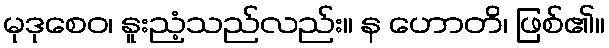
မုဒုစေဝ၊ နူးညံ့သည်လည်း။ န ဟောတိ၊ ဖြစ်၏။